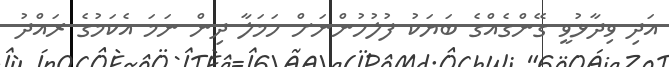
އަދި ވިދާޅުވީ ގޭންގެއްގެ ބަޔަކު ފުލުހުންނަށް ހަމަލާ ދިން ނަމަ އެކަމުގެ ރައްދު